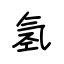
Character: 氢